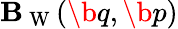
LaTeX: \mathbf{B}_{\mathrm{{~W~}}}(\b{{q}},\b{{p}})